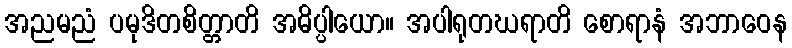
အညမညံ ပမုဒိတစိတ္တာတိ အဓိပ္ပါယော။ အပါရုတဃရာတိ စောရာနံ အဘာဝေန